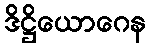
ဒိဋ္ဌိယောဂေန